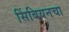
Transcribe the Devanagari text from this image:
सिंबियनचा